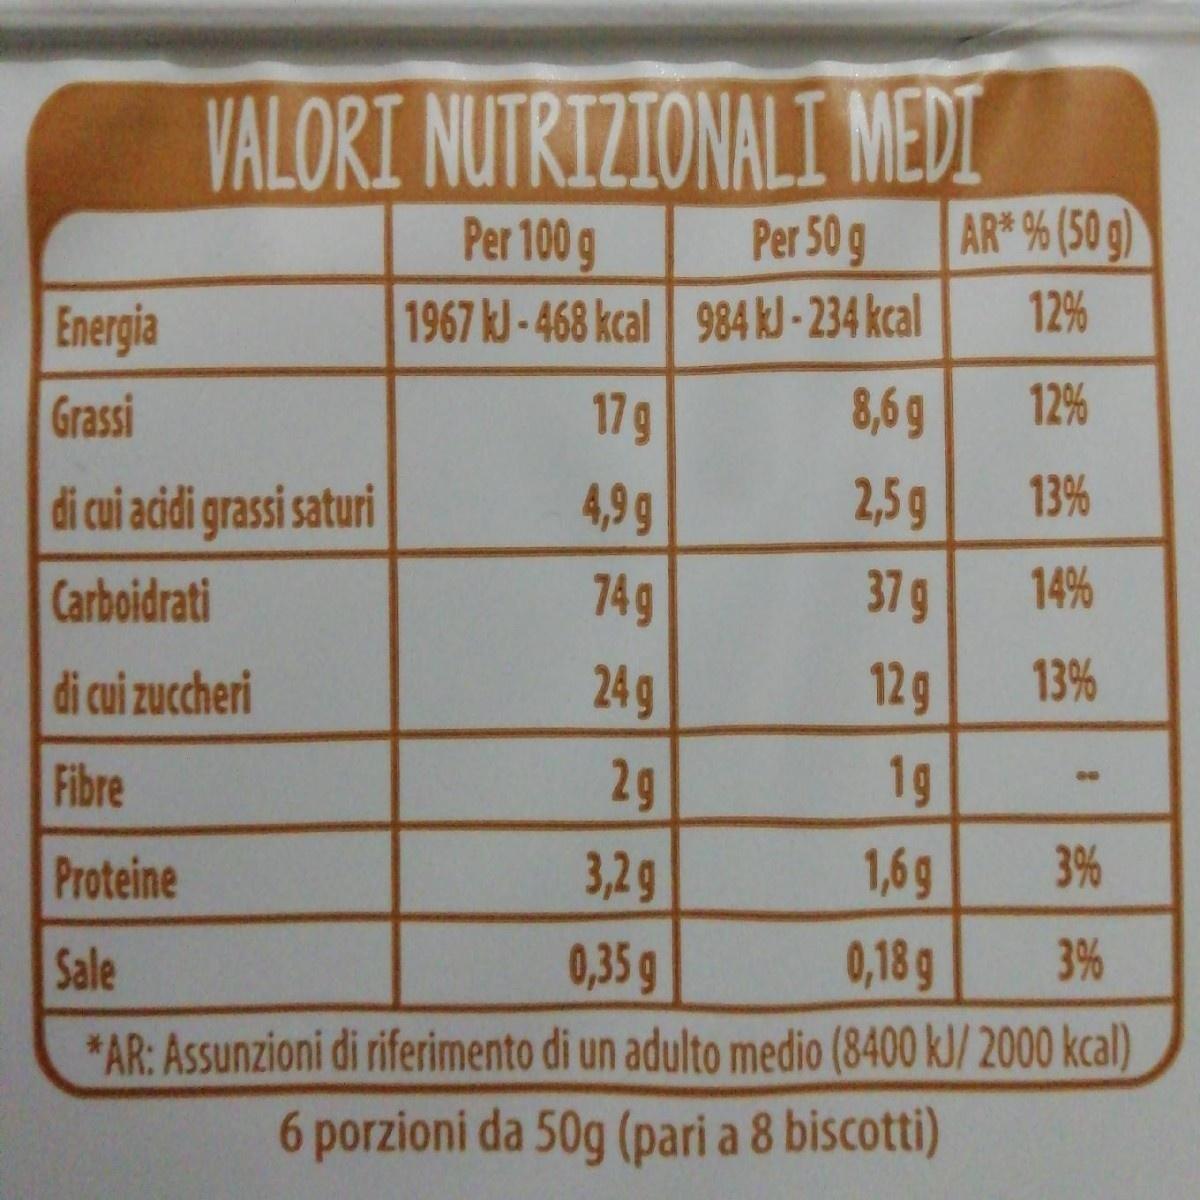
VALORI NUTRIZIONALI MEDI AR* % (50 g)
Per 100 g
Per 50 g
Energia
1967 kJ-468 kcal 984 kJ - 234 kcal
12%
Grassi
17g
8,6g
12%
di cui acidi grassi saturi
4,9g
2,5g
13%
Carboidrati
74g
37 g
14%
di cui zuccheri
24g
12 g
13%
Fibre
2g
1g
Proteine
3,2g
1,6g
3%
Sale
0,35g
0,18 g
3%
*AR: Assunzioni di riferimento di un adulto medio (8400 kJ/ 2000 kcal)
6 porzioni da 50g (pari a 8 biscotti)